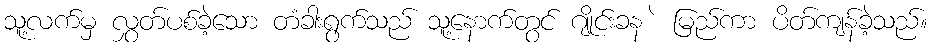
သူ့လက်မှ လွှတ်ပစ်ခဲ့သော တံခါးရွက်သည် သူ့နောက်တွင် ဂျိုင်းခန ဲ မြည်ကာ ပိတ်ကျန်ခဲ့သည်။